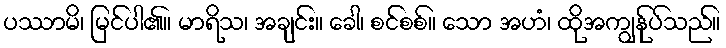
ပဿာမိ၊ မြင်ပါ၏။ မာရိသ၊ အချင်း။ ခေါ၊ စင်စစ်။ သော အဟံ၊ ထိုအကျွန်ုပ်သည်။